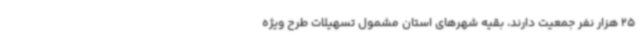
25 هزار نفر جمعیت دارند، بقیه شهرهای استان مشمول تسهیلات طرح ویژه